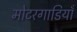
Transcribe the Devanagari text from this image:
मोटरगाडियाँ